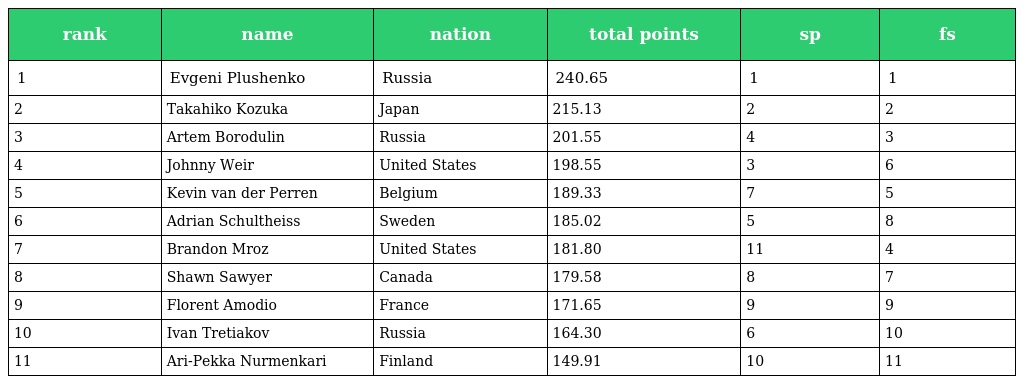
| rank | name | nation | total points | sp | fs |
 | --- | --- | --- | --- | --- | --- |
 | 1 | Evgeni Plushenko | Russia | 240.65 | 1 | 1 |
 | 2 | Takahiko Kozuka | Japan | 215.13 | 2 | 2 |
 | 3 | Artem Borodulin | Russia | 201.55 | 4 | 3 |
 | 4 | Johnny Weir | United States | 198.55 | 3 | 6 |
 | 5 | Kevin van der Perren | Belgium | 189.33 | 7 | 5 |
 | 6 | Adrian Schultheiss | Sweden | 185.02 | 5 | 8 |
 | 7 | Brandon Mroz | United States | 181.80 | 11 | 4 |
 | 8 | Shawn Sawyer | Canada | 179.58 | 8 | 7 |
 | 9 | Florent Amodio | France | 171.65 | 9 | 9 |
 | 10 | Ivan Tretiakov | Russia | 164.30 | 6 | 10 |
 | 11 | Ari-Pekka Nurmenkari | Finland | 149.91 | 10 | 11 |